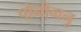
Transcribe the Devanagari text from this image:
पोनीव्वनु